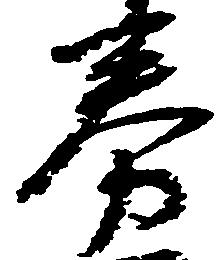
券